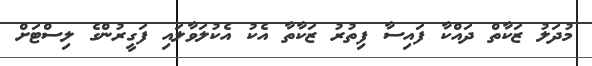
މުދަލު ޒަކާތް ދައްކާ ފައިސާ ފިތުރު ޒަކާތާ އެކު އެކުލަވާލައި ފަގީރުންގެ ލިސްޓަށް